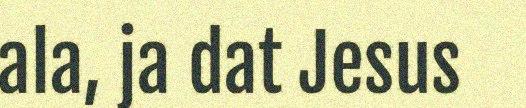
ala, ja dat Jesus